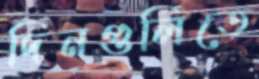
দিনগুলিতে